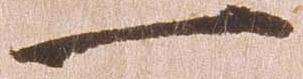
一